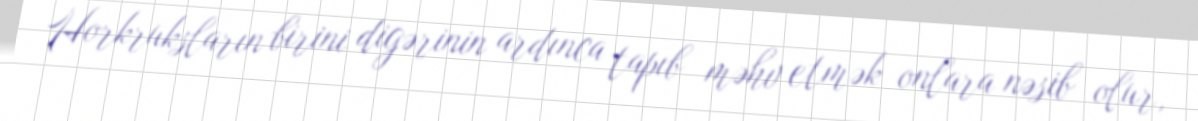
Horkruksların birini digərinin ardınca tapıb məhv etmək onlara nəsib olur,